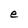
Character: e